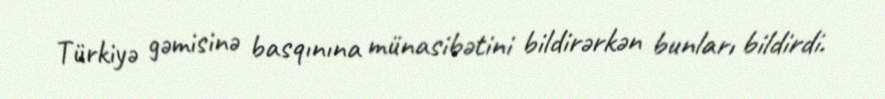
Türkiyə gəmisinə basqınına münasibətini bildirərkən bunları bildirdi.